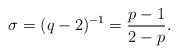
LaTeX: \begin{align*} \sigma = (q-2)^{-1} = \frac{p-1}{2-p}. \end{align*}